Madras plague regulations in force outside the Presidency town - Volume 7
Disease focus: Plague
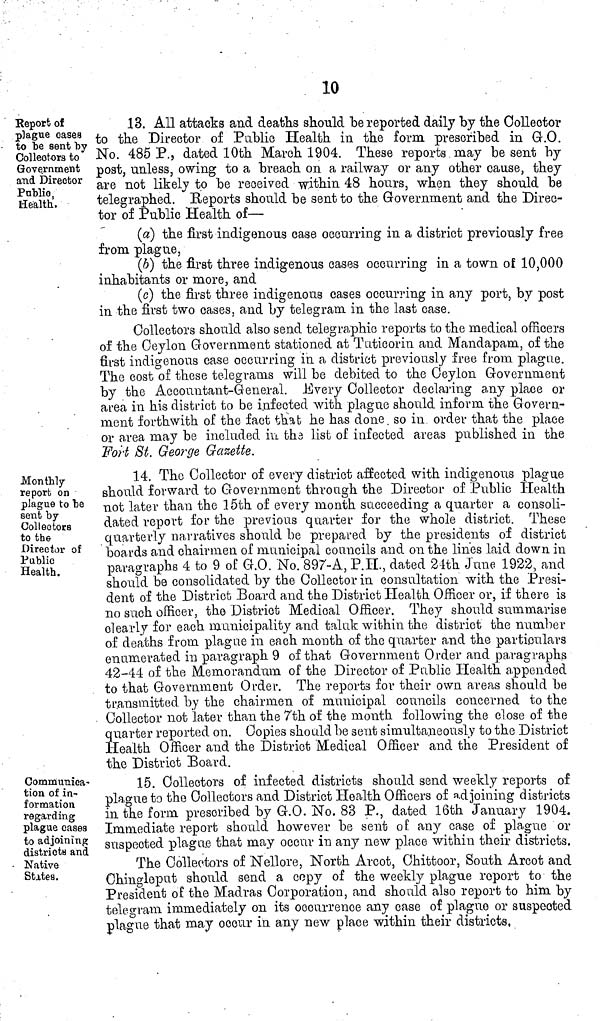
10
Report of
plague oases
to "be sent "by
Collectors to
Government
and Director
Public.
Health.
13. All attacks and deaths should be reported daily by the Collector
to the Director of Public Health in the form prescribed in G.O.
No. 485 P., dated 10th March 1904. These reports.may be sent by
post, unless, owing to a breach on a railway or any other cause, they
are not likely to be received within 48 hours, when they should be
telegraphed. Reports should be sent to the Government and the Direc-
tor of Public Health of—
(a) the first indigenous case occurring in a district previously free
from plague,
(b) the first three indigenous cases occurring in a town of 10,000
inhabitants or more, and
(c) the first three indigenous cases occurring in any port, by post
in the first two cases, and by telegram in the last case.
Collectors should also send telegraphic reports to the medical officers
of the Ceylon Government stationed at Tuticorin and Mandapam, of the
first indigenous case occurring in a district previously free from plague.
The cost of these telegrams will be debited to the Ceylon Government
by the Accountant-General. Every Collector declaring any place or
area in his district to be infected with plague should inform the Govern-
ment forthwith of the fact that he has done, so in order that the place
or area may be included in the list of infected areas published in the
Fort St. George Gazette.
Monthly
report on
plague to be
sent by
Collectors
to the
Director of
Public
Health.
14. The Collector of every district affected with indigenous plague
should forward to Government through the Director of Public Health
not later than the 15th of every month succeeding a quarter a consoli-
dated report for the previous quarter for the whole district. These
quarterly narratives should be prepared by the presidents of district
boards and chairmen of municipal councils and on the lines laid down in
paragraphs 4 to 9 of G.O. No. 897-A. P.H., dated 24th. June 1922,, and
should be consolidated by the Collector in consultation with the Presi-
dent of the District Board and the District Health Officer or, if there is
no such officer, the District Medical Officer. They should summarise
clearly for each municipality and taluk within the district the number
of deaths from plague in each month of the quarter and the particulars
enumerated in paragraph 9 of that Government Order and paragraphs
42-44 of the Memorandum of the Director of Public Health appended
to that Government Order. The reports for their own areas should be
transmitted by the chairmen of municipal councils concerned to the
Collector not later than the 7th of the month following the close of the
quarter reported on. Copies should be sent simultaneously to the District
Health Officer and the District Medical Officer and the President of
the District Board.
Communica-
tion of in-
formation
regarding
plague cásea
to adjoining
district and
- Native
States.
15. Collectors of infected districts should send weekly reports of
plague to the Collectors and District Health Officers of adjoining districts
in the form prescribed by G.O. No. 83 P., dated 16th January 1904.
Immediate report should however be sent of any case of plague or
suspected plague that may occur in any new place within their districts.
The Collectors of Nellore, North Arcot, Chittoor, South Arcot and
Chinglepnt should send a copy of the weekly plague report to the
President of the Madras Corporation, and should also report to him by
telegram immediately on its occurrence any case of plague or suspected
plague that may occur in any new place within their districts,